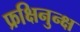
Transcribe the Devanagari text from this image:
फ्रक्षिनुन्क्ष